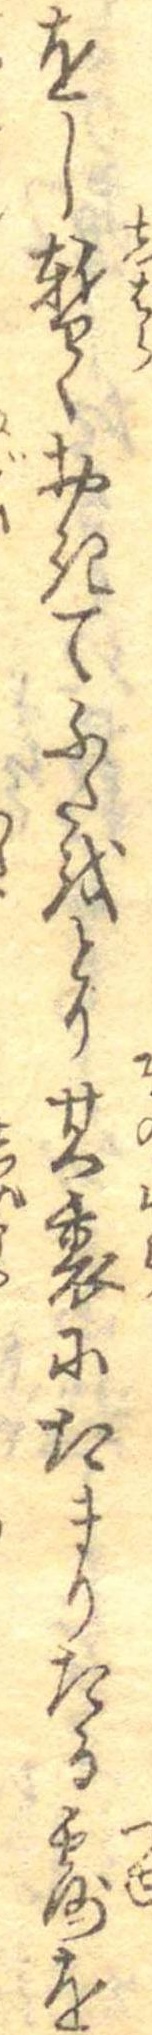
をし暫くおきてふたをとり其裏にたまりたる露を